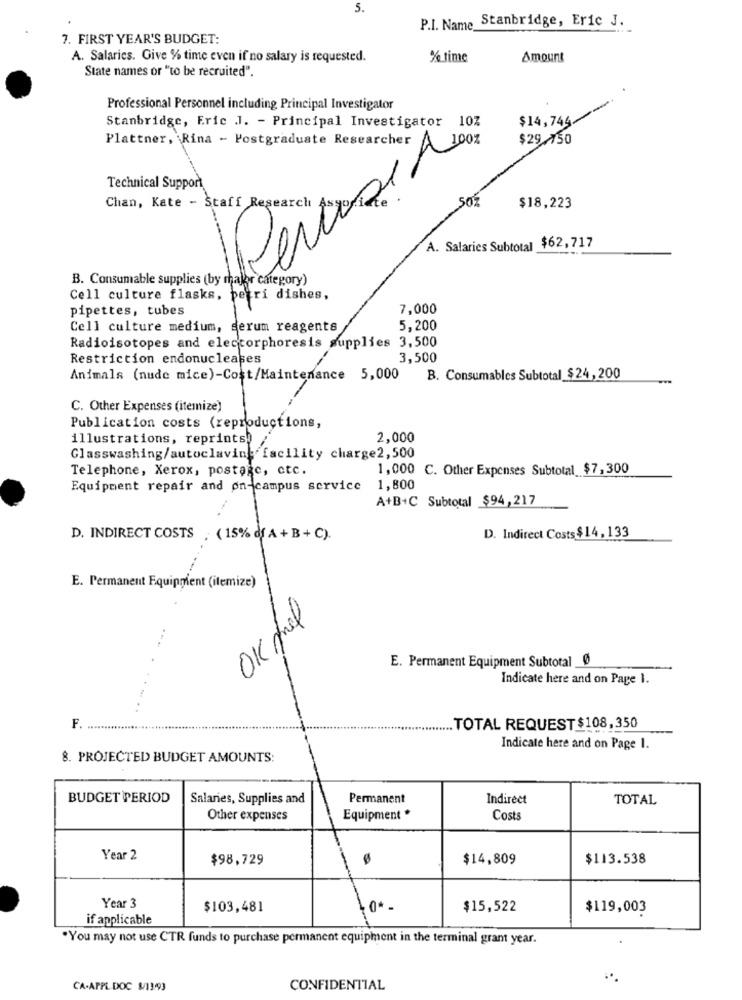
5.
P.I. Name Stanbridge, Eric J.
7. FIRST YEAR'S BUDGET:
A. Salaries. Give % time even if no salary is requested.
% time
Amount
State names or "to be recruited".
Professional Personnel including Principal Investigator
$14,744
Stanbridge, Eric J. - Principal Investigator 10Z
$29.750
Plattner, Rina - Postgraduate Researcher A 100z
Technical Support
$18,223
A. Salaries Subtotal $62,717
B. Consumable supplies (by major category)
Cell culture flasks, petri dishes,
pipettes, tubes
7,000
Cell culture medium, serum reagents
5,200
Radioisotopes and electorphoresis supplies 3,500
Restriction endonucleases
3,500
Animals (nude mice)-Cost/Maintenance 5,000 B. Consumables Subtotal $24,200
C. Other Expenses (itemize)
Publication costs (reproductions,
illustrations, reprints)
2,000
Glasswashing/autoclaving facility charge2,500
Telephone, Xerox, postage, etc.
1,000 C. Other Expenses Subtotal $7,300
Equipment repair and on-campus service
1,800
A+B+C Subtotal $94,217
D. Indirect Costs$14,133
D. INDIRECT COSTS . (15% df A + B+ C).
E. Permanent Equipment (itemize)
OK shel
E. Permanent Equipment Subtotal _Ø
Indicate here and on Page 1.
..
F. ...
TOTAL REQUEST $108,350
Indicate here and on Page I.
8. PROJECTED BUDGET AMOUNTS:
BUDGET PERIOD
Salaries, Supplies and
Permanent
Indirect
TOTAL
Other expenses
Equipment *
Costs
Year 2
$98,729
$14,809
$113.538
Year 3
$103,481
$15,522
$119,003
if applicable
.You may not use CTR funds to purchase permanent equipment in the terminal grant year.
CA-APPL DOC 8/11993
CONFIDENTIAL